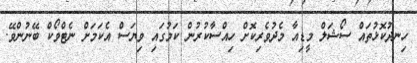
ހިނދުކޮޅުތައް ސޯޝަލް މީޑިއާ މެދުވެރިކޮށް ހިއްސާކުރުން ކަމުގައި ވިޔަސް އެކަމަށް ނެޓްވޯކް ބޭނުންވޭ.